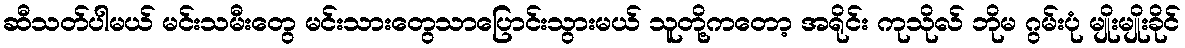
ဆီသတ်ပါမယ် မင်းသမီးတွေ မင်းသားတွေသာပြောင်းသွားမယ် သူတို့ကတော့ အရိုင်း ကုသိုလ် ဘိုမ ဂွမ်းပုံ မျိုးမျိုးခိုင်